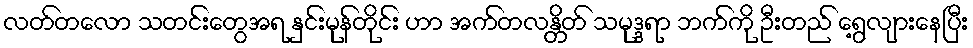
လတ်တလော သတင်းတွေအရ နှင်းမုန်တိုင်း ဟာ အက်တလန္တိတ် သမုဒ္ဒရာ ဘက်ကို ဦးတည် ရွေ့လျားနေပြီး